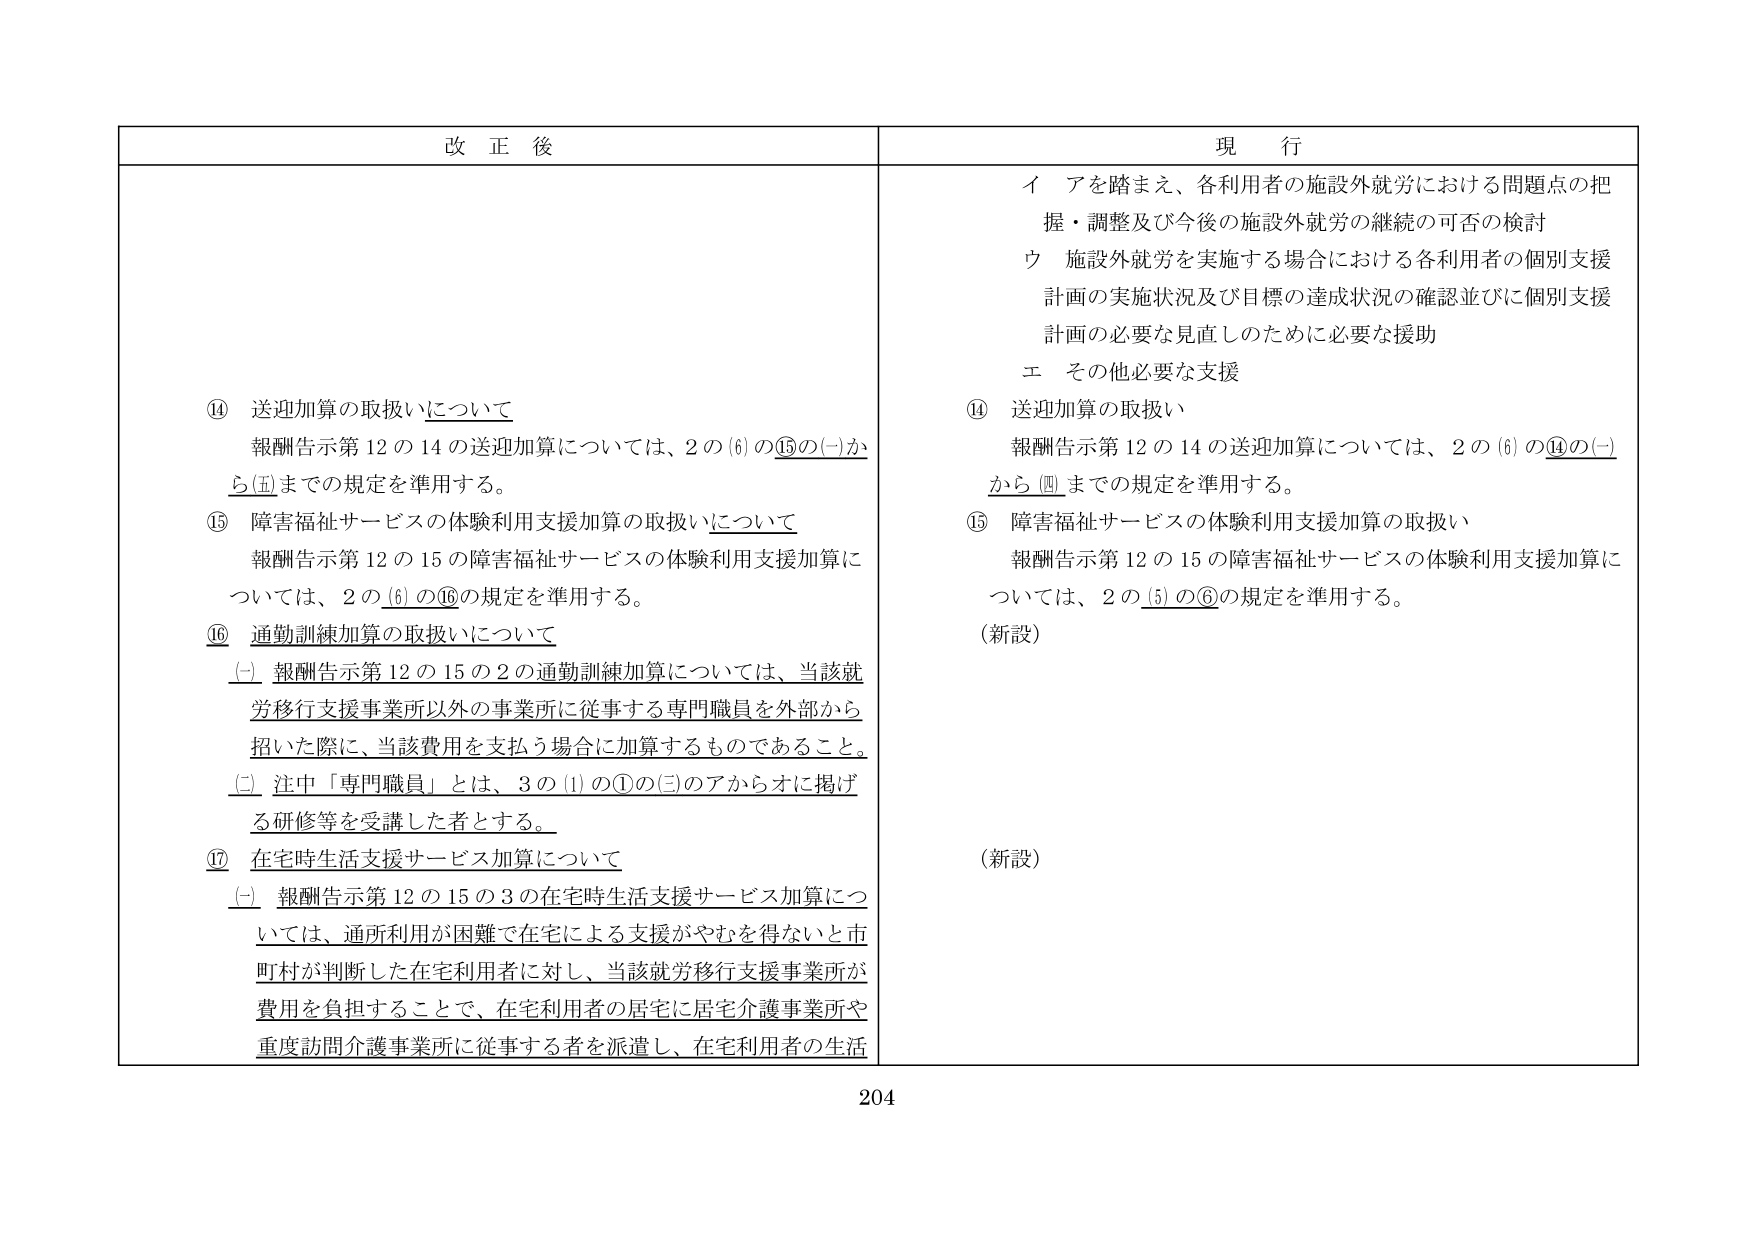
改正後

⑭ 送迎加算の取扱いについて
報酬告示第12の14の送迎加算については、2の(6)の⑮の(一)から(五)までの規定を準用する。

⑮ 障害福祉サービスの体験利用支援加算の取扱いについて
報酬告示第12の15の障害福祉サービスの体験利用支援加算については、2の(6)の⑯の規定を準用する。

⑯ 通勤訓練加算の取扱いについて
(一) 報酬告示第12の15の2の通勤訓練加算については、当該就労移行支援事業所以外の事業所に従事する専門職員を外部から招いた際に、当該費用を支払う場合に加算するものであること。
(二) 注中「専門職員」とは、3の(1)の①の(三)のアからオに掲げる研修等を受講した者とする。

⑰ 在宅時生活支援サービス加算について
(一) 報酬告示第12の15の3の在宅時生活支援サービス加算については、通所利用が困難で在宅による支援がやむを得ないと市町村が判断した在宅利用者に対し、当該就労移行支援事業所が費用を負担することで、在宅利用者の居宅に居宅介護事業所や重度訪問介護事業所に従事する者を派遣し、在宅利用者の生活

現行

イ アを踏まえ、各利用者の施設外就労における問題点の把握・調整及び今後の施設外就労の継続の可否の検討
ウ 施設外就労を実施する場合における各利用者の個別支援計画の実施状況及び目標の達成状況の確認並びに個別支援計画の必要な見直しのために必要な援助
エ その他必要な支援

⑭ 送迎加算の取扱い
報酬告示第12の14の送迎加算については、2の(6)の⑭の(一)から(四)までの規定を準用する。

⑮ 障害福祉サービスの体験利用支援加算の取扱い
報酬告示第12の15の障害福祉サービスの体験利用支援加算については、2の(5)の⑥の規定を準用する。
（新設）

（新設）

204